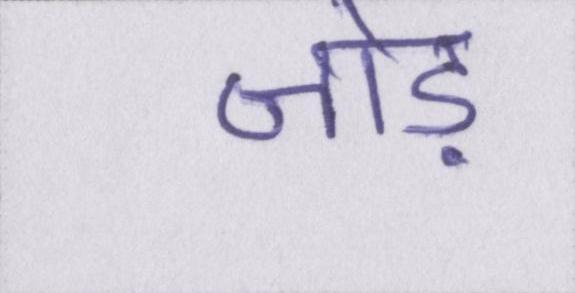
जोड़